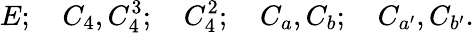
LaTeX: E;\quad C_{4},C_{4}^{3};\quad C_{4}^{2};\quad C_{a},C_{b};\quad C_{a^{\prime}},C_{b^{\prime}}.